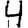
Digit: 4